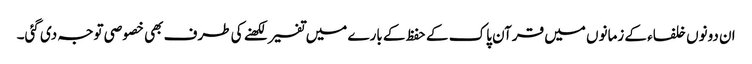
ان دونوں خلفاء کے زمانوں میں قرآن پاک کے حفظ کے بارے میں تفسیر لکھنے کی طرف بھی خصوصی توجہ دی گئی۔